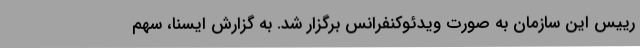
رییس این سازمان به صورت ویدئوکنفرانس برگزار شد. به گزارش ایسنا، سهم